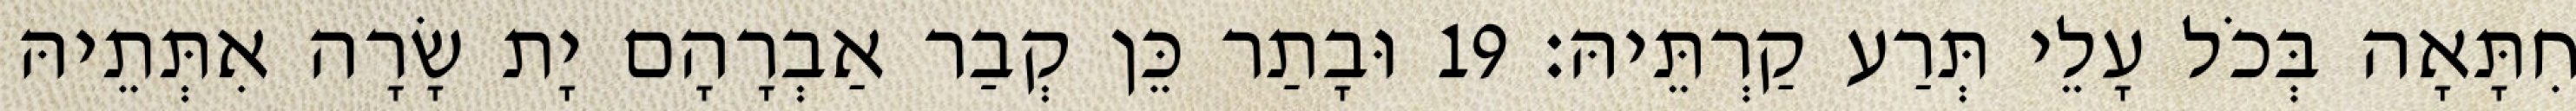
חִתָּאָה בְּכֹל עָלֵי תְּרַע קַרְתֵּיהּ׃ 19 וּבָתַר כֵּן קְבַר אַבְרָהָם יָת שָׂרָה אִתְּתֵיהּ